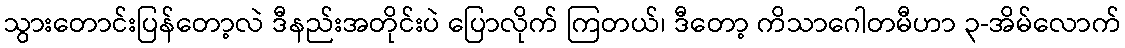
သွားတောင်းပြန်တော့လဲ ဒီနည်းအတိုင်းပဲ ပြောလိုက် ကြတယ်၊ ဒီတော့ ကိသာဂေါတမီဟာ ၃-အိမ်လောက်